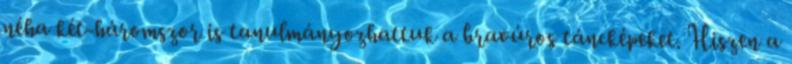
néha két-háromszor is tanulmányozhattuk a bravúros táncképeket. Hiszen a